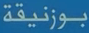
بوزنيقة